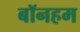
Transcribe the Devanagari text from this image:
बॉनहम